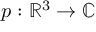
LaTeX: p : \mathbb { R } ^ { 3 } \to \mathbb { C }